Reports on dispensaries and lunatic asylums in the Province of Oudh - 1869-1876
Year: 1869
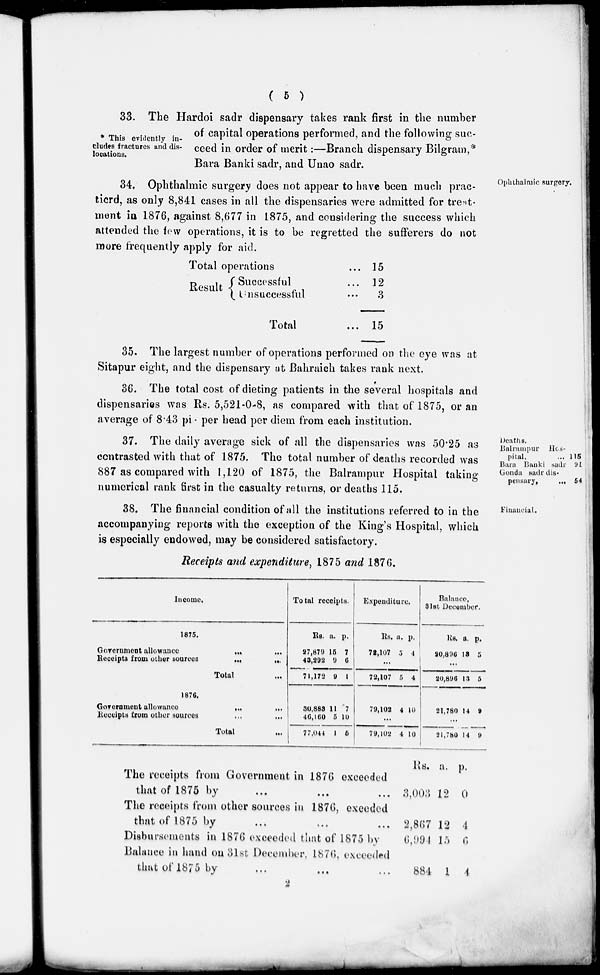
( 5 )
* This evidently in-
cludes fractures and dis-
locations.
33. The Hardoi sadr dispensary takes rank first in the number
of capital operations performed, and the following suc-
ceed in order of merit :—Branch dispensary Bilgram,*
Bara Banki sadr, and Unao sadr.
Ophthalmic surgery.
34. Ophthalmic surgery does not appear to have been much prac-
ticrd, as only 8,841 cases in all the dispensaries were admitted for treat-
ment in 1876, against 8,677 in 1875, and considering the success which
attended the few operations, it is to be regretted the sufferers do not
more frequently apply for aid.
Total operations ...
Result
Successful ...
Unsuccessful ...
Total ...
15
12
3
15
35. The largest number of operations performed on the eye was at
Sitapur eight, and the dispensary at Bahraich takes rank next.
36. The total cost of dieting patients in the several hospitals and
dispensaries was Rs. 5,521-0-8, as compared with that of 1875, or an
average of 8.43 pie per head per diem from each institution.
Deaths.
Balrampur Hos-
pital, ...
Bara Banki sadr
Gondsi sadr dis-
pensary,
...
115
91
54
37. The daily average sick of all the dispensaries was 50.25 as
contrasted with that of 1875. The total number of deaths recorded was
887 as compared with 1,120 of 1875, the Balrampur Hospital taking
numerical rank first in the casualty returns, or deaths 115.
Financial.
38. The financial condition of all the institutions referred to in the
accompanying reports with the exception of the King's Hospital, which
is especially endowed, may be considered satisfactory.
Receipts and expenditure, 1875 and 1876.
Income.
1875.
Government allowance
...
...
Receipts from other sources
...
...
Total ...
1876.
Government allowance
...
...
Receipts
from other sources ... ...
Total ...
Total receipts.
Rs.
27,879
43,292
71,172
a.
15
9
9
p.
7
6
1
30,883
40,160
77,044
11
5
1
7
10
5
Expenditure.
Rs.
72,107
a.
5
p.
4
...
72,107 5 4
79,102 4 10
...
79,102 4 10
Balance,
31st December.
Rs.
20,896
a.
13
p.
5
...
20,896 13 5
21,780 14 9
...
21,780
14 9
The receipts from Government in 1876 exceeded
that of 1875 by ... ... ...
The receipts from other sources in 1876, exeeded
that of 1875 by ... ... ...
Disbursements in 1876 exceeded that of 1875 by
Balance in hand on 31st December, 1870, exceeded
that of 1875 by ... ... ...
Rs.
3,003
2,867
6,991
884
a.
12
12
15
1
p.
0
4
6
4
2